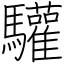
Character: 驩